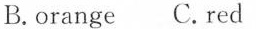
B.orange C.Red